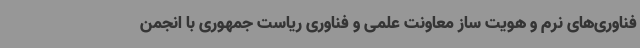
فناوری‌های نرم و هویت ساز معاونت علمی و فناوری ریاست جمهوری با انجمن